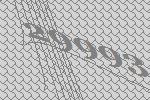
29993